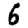
Digit: 6